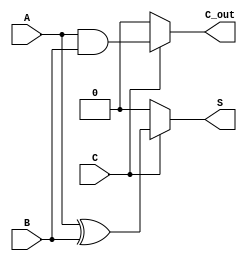
module Conditional_Half_Adder (
    input wire A,      // First single-bit input
    input wire B,      // Second single-bit input
    input wire C,      // Conditional control input
    output wire S,     // Sum output
    output wire C_out  // Carry output
);

    // Conditional logic for Sum and Carry
    assign S = C ? (A ^ B) : 1'b0;      // If C is 1, compute A XOR B; else output 0
    assign C_out = C ? (A & B) : 1'b0;  // If C is 1, compute A AND B; else output 0

endmodule